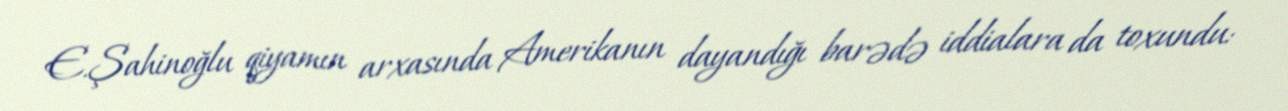
E.Şahinoğlu qiyamın arxasında Amerikanın dayandığı barədə iddialara da toxundu: